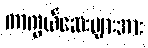
ကာကွယ်ဆေးများအား